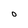
Character: O